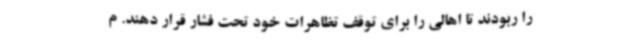
را ربودند تا اهالی را برای توقف تظاهرات خود تحت فشار قرار دهند. م